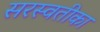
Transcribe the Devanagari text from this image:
सरस्वतीका